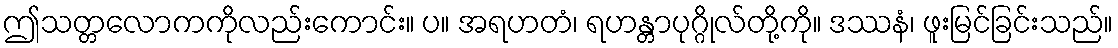
ဤသတ္တလောကကိုလည်းကောင်း။ ပ။ အရဟတံ၊ ရဟန္တာပုဂ္ဂိုလ်တို့ကို။ ဒဿနံ၊ ဖူးမြင်ခြင်းသည်။